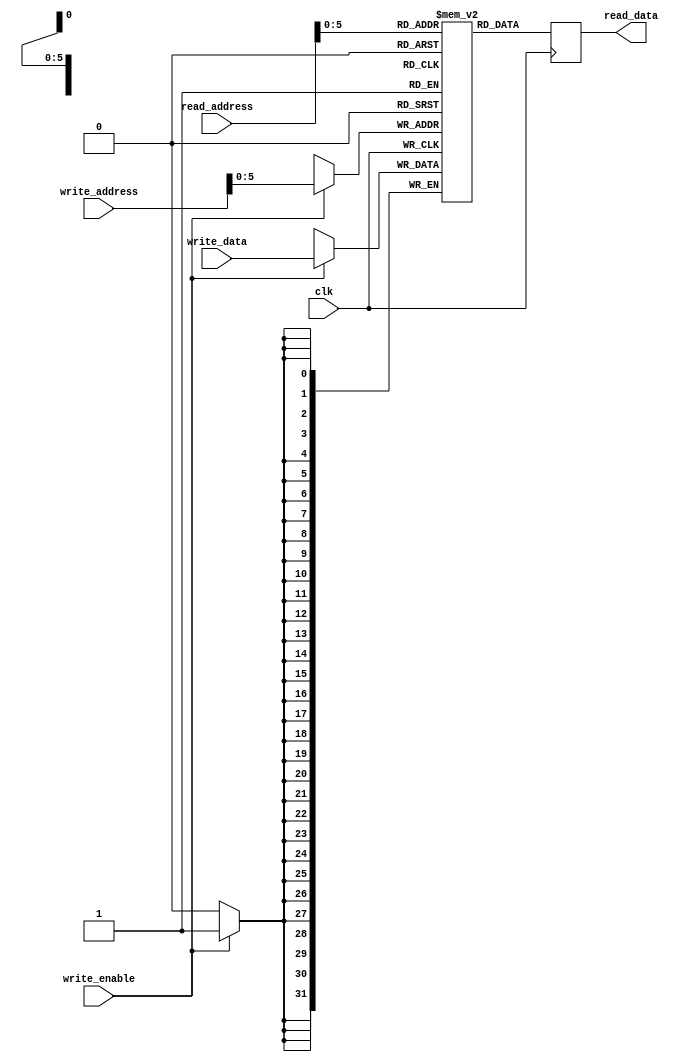
module dual_port_register_file (
    input wire clk,
    input wire [31:0] read_address,
    output reg [31:0] read_data,
    input wire [31:0] write_address,
    input wire write_enable,
    input wire [31:0] write_data
);

reg [31:0] memory [0:63]; // 64 registers in total

always @(posedge clk) begin
    if (write_enable) begin
        memory[write_address] <= write_data;
    end
    read_data <= memory[read_address];
end

endmodule